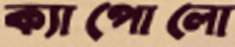
ক্যাপোলো